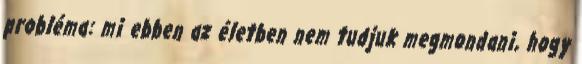
probléma: mi ebben az életben nem tudjuk megmondani, hogy